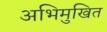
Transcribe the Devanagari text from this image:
अभिमुखित